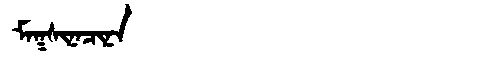
Manchu: ᠮᠠᡴᠰᡳᠨᠠᠴᡳᠨᠠ
Romanization: MAKSINACINA